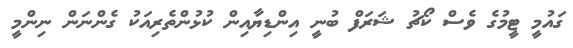
ގައުމީ ޓީމުގެ ވެސް ކޯޗު ޝަރަފް ބުނީ އިންޑިޔާއިން ކުޅުންތެރިއަކު ގެންނަން ނިންމީ